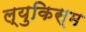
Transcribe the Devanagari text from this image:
ल्युकिस्म